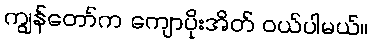
ကျွန်တော်က ကျောပိုးအိတ် ဝယ်ပါမယ်။